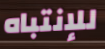
للإنتباه